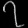
Digit: ၇